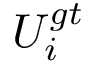
U _ { i } ^ { g t }